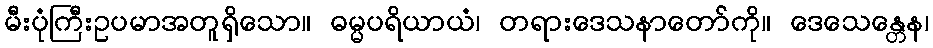
မီးပုံကြီးဥပမာအတူရှိသော။ ဓမ္မပရိယာယံ၊ တရားဒေသနာတော်ကို။ ဒေသေန္တေန၊